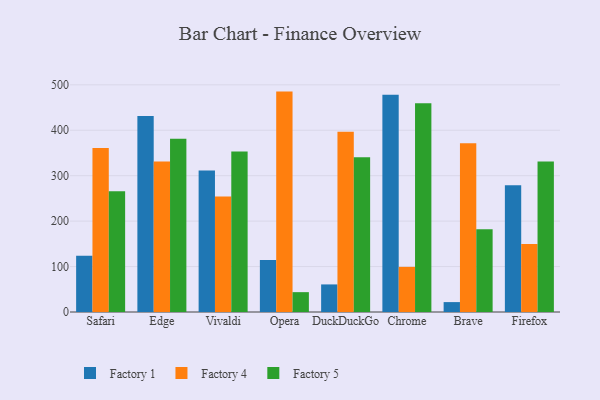
{"axis": {"x": "Browser", "y": "Backlog"}, "legend": ["Factory 1", "Factory 4", "Factory 5"], "data": [{"x": "Safari", "y": 124.0, "type": "Factory 1"}, {"x": "Safari", "y": 360.9, "type": "Factory 4"}, {"x": "Safari", "y": 265.6, "type": "Factory 5"}, {"x": "Edge", "y": 431.2, "type": "Factory 1"}, {"x": "Edge", "y": 331.2, "type": "Factory 4"}, {"x": "Edge", "y": 381.5, "type": "Factory 5"}, {"x": "Vivaldi", "y": 311.3, "type": "Factory 1"}, {"x": "Vivaldi", "y": 254.2, "type": "Factory 4"}, {"x": "Vivaldi", "y": 353.0, "type": "Factory 5"}, {"x": "Opera", "y": 114.2, "type": "Factory 1"}, {"x": "Opera", "y": 485.1, "type": "Factory 4"}, {"x": "Opera", "y": 43.7, "type": "Factory 5"}, {"x": "DuckDuckGo", "y": 60.7, "type": "Factory 1"}, {"x": "DuckDuckGo", "y": 396.9, "type": "Factory 4"}, {"x": "DuckDuckGo", "y": 340.6, "type": "Factory 5"}, {"x": "Chrome", "y": 478.4, "type": "Factory 1"}, {"x": "Chrome", "y": 99.3, "type": "Factory 4"}, {"x": "Chrome", "y": 459.4, "type": "Factory 5"}, {"x": "Brave", "y": 21.8, "type": "Factory 1"}, {"x": "Brave", "y": 371.4, "type": "Factory 4"}, {"x": "Brave", "y": 182.1, "type": "Factory 5"}, {"x": "Firefox", "y": 278.9, "type": "Factory 1"}, {"x": "Firefox", "y": 149.9, "type": "Factory 4"}, {"x": "Firefox", "y": 331.3, "type": "Factory 5"}]}